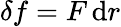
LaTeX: \delta f=F\, {\mathrm{d}}r